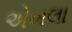
એખલા